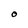
Character: O